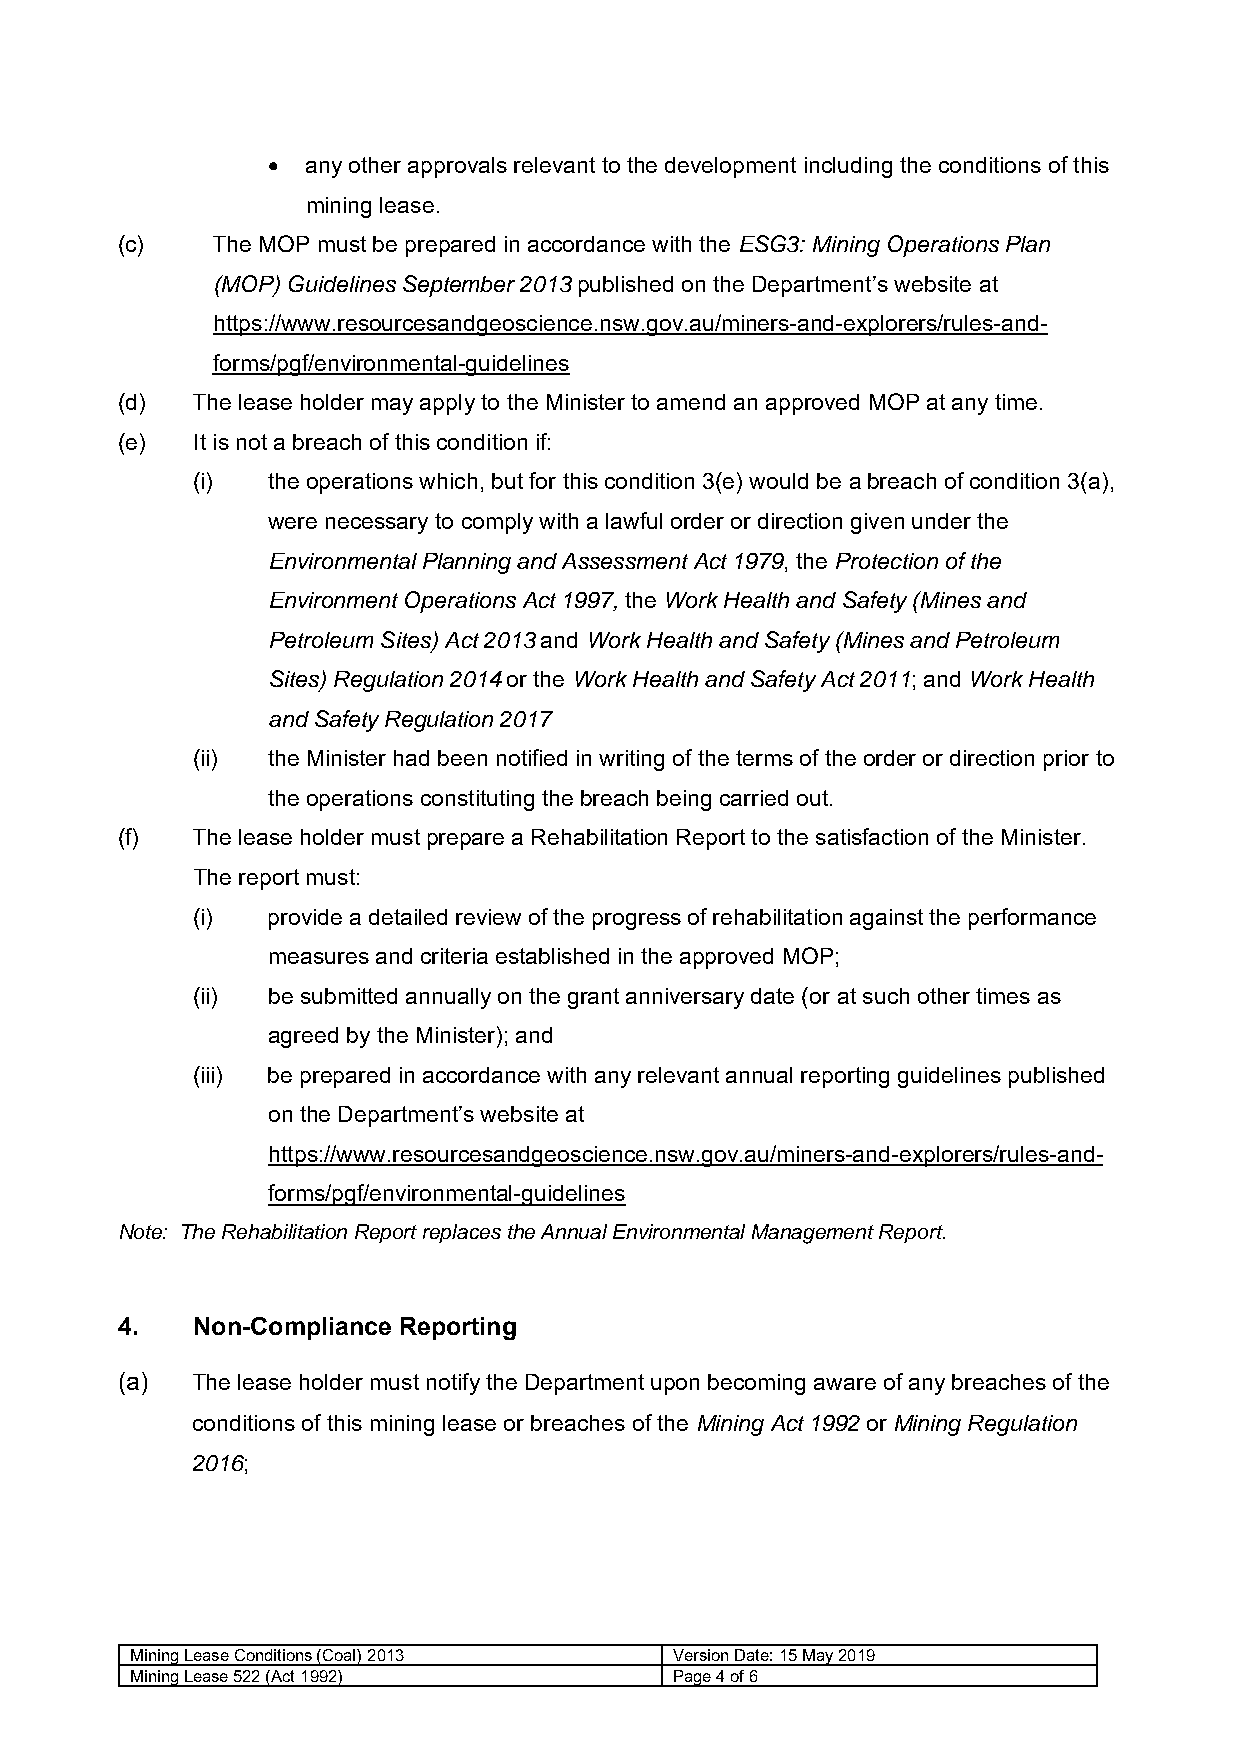
 any other approvals relevant to the development including the conditions of this
 mining lease.
 (c)   The MOP must be prepared in accordance with the ESG3: Mining Operations Plan
 (MOP) Guidelines September 2013 published on the Department’s website at
 https://www.resourcesandgeoscience.nsw.gov.au/miners-and-explorers/rules-and-
 forms/pgf/environmental-guidelines
 (d)  The lease holder may apply to the Minister to amend an approved MOP at any time.
 (e)  It is not a breach of this condition if:
 (i)  the operations which, but for this condition 3(e) would be a breach of condition 3(a),
 were necessary to comply with a lawful order or direction given under the
 Environmental Planning and Assessment Act 1979, the Protection of the
 Environment Operations Act 1997, the Work Health and Safety (Mines and
 Petroleum Sites) Act 2013 and Work Health and Safety (Mines and Petroleum
 Sites) Regulation 2014 or the Work Health and Safety Act 2011; and Work Health
 and Safety Regulation 2017
 (ii) the Minister had been notified in writing of the terms of the order or direction prior to
 the operations constituting the breach being carried out.
 (f)  The lease holder must prepare a Rehabilitation Report to the satisfaction of the Minister.
 The report must:
 (i)  provide a detailed review of the progress of rehabilitation against the performance
 measures and criteria established in the approved MOP;
 (ii) be submitted annually on the grant anniversary date (or at such other times as
 agreed by the Minister); and
 (iii) be prepared in accordance with any relevant annual reporting guidelines published
 on the Department’s website at
 https://www.resourcesandgeoscience.nsw.gov.au/miners-and-explorers/rules-and-
 forms/pgf/environmental-guidelines
 Note: The Rehabilitation Report replaces the Annual Environmental Management Report.
 4.   Non-Compliance Reporting
 (a)  The lease holder must notify the Department upon becoming aware of any breaches of the
 conditions of this mining lease or breaches of the Mining Act 1992 or Mining Regulation
 2016;
 Mining Lease Conditions (Coal) 2013 Version Date: 15 May 2019
 Mining Lease 522 (Act 1992)         Page 4of 6